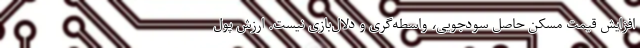
افزایش قیمت مسکن حاصل سودجویی، واسطه‌گری و دلال‌بازی نیست. ارزش پول